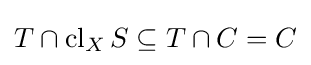
T\cap \operatorname {cl} _{X}S\subseteq T\cap C=C